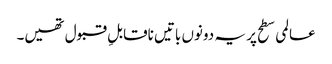
عالمی سطح پر یہ دونوں باتیں ناقابلِ قبول تھیں۔